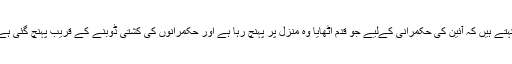
کہتے ہیں کہ آئین کی حکمرانی کےلیے جو قدم اٹھایا وہ منزل پر پہنچ رہا ہے اور حکمرانوں کی کشتی ڈوبنے کے قریب پہنچ گئی ہے۔